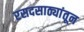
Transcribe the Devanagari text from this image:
रसदसाठ्यांतून